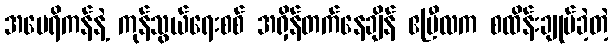
အမေရိကန်နဲ့ ကုန်သွယ်ရေးစစ် အရှိန်တက်နေချိန် ဧပြီလက စထိန်းချုပ်ခဲ့တဲ့